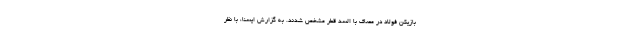
بازیکن فولاد در مصاف با السد قطر مشخص شدند. به گزارش ایسنا، با نظر